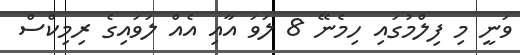
ވަނީ މި ފިލްމުގައި ހިމެނޭ 8 ލަވަ އާއި އެއް ލަވައިގެ ރިމިކްސް